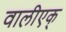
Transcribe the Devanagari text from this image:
वालीएक्